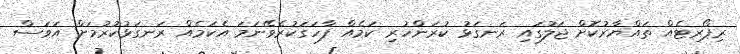
ރިޕޯރޓެއް ތައްޔާރުކޮށް ޖަލުގައި ރަނގަޅު ކުރަންހުރި ކަމެއް ފާހަގަކުރެވޭނަމަ އެކަމެއް ރަނގަޅުކުރުމަށް އަވަސް